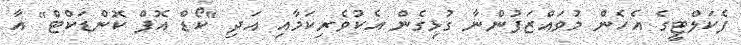
ފެކަލްޓީގެ އެހެން މުވައްޒަފުންނާ ގުޅިގެން އެކުވެރިކަމާއި އަދި "ކޯޑް އޮފް ކޮންޑަކްޓް" އާ